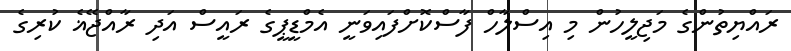
ރައްޔިތުންގެ މަޖިލީހުން މި އިސްލާހް ފާސްކޮށްފައިވަނީ އެމްޑީޕީގެ ރައީސް އަދި ރާއްޖޭޣެ ކުރިގެ